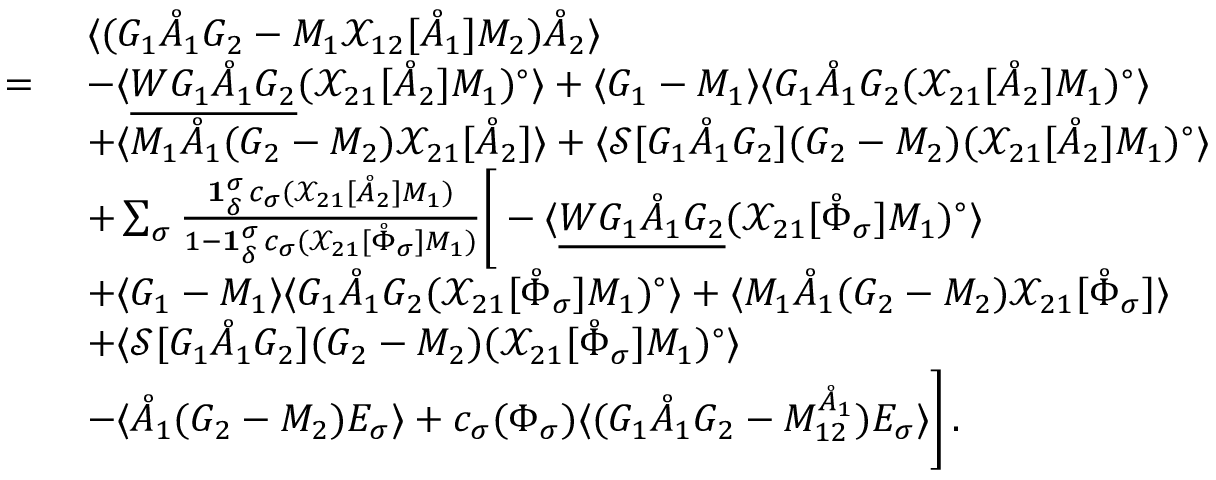
\begin{array} { r l } & { \langle ( G _ { 1 } \mathring { A } _ { 1 } G _ { 2 } - M _ { 1 } \mathcal { X } _ { 1 2 } [ \mathring { A } _ { 1 } ] M _ { 2 } ) \mathring { A } _ { 2 } \rangle } \\ { = \ } & { - \langle \underline { { W G _ { 1 } \mathring { A } _ { 1 } G _ { 2 } } } ( { \mathcal { X } } _ { 2 1 } [ \mathring { A } _ { 2 } ] M _ { 1 } ) ^ { \circ } \rangle + \langle G _ { 1 } - M _ { 1 } \rangle \langle G _ { 1 } \mathring { A } _ { 1 } G _ { 2 } ( { \mathcal { X } } _ { 2 1 } [ \mathring { A } _ { 2 } ] M _ { 1 } ) ^ { \circ } \rangle } \\ & { + \langle M _ { 1 } \mathring { A } _ { 1 } ( G _ { 2 } - M _ { 2 } ) { \mathcal { X } } _ { 2 1 } [ \mathring { A } _ { 2 } ] \rangle + \langle \mathcal { S } [ G _ { 1 } \mathring { A } _ { 1 } G _ { 2 } ] ( G _ { 2 } - M _ { 2 } ) ( { \mathcal { X } } _ { 2 1 } [ \mathring { A } _ { 2 } ] M _ { 1 } ) ^ { \circ } \rangle } \\ & { + \sum _ { \sigma } \frac { \mathbf { 1 } _ { \delta } ^ { \sigma } \, c _ { \sigma } ( { \mathcal { X } } _ { 2 1 } [ \mathring { A } _ { 2 } ] M _ { 1 } ) } { 1 - \mathbf { 1 } _ { \delta } ^ { \sigma } \, c _ { \sigma } ( { \mathcal { X } } _ { 2 1 } [ \mathring { \Phi } _ { \sigma } ] M _ { 1 } ) } \bigg [ - \langle \underline { { W G _ { 1 } \mathring { A } _ { 1 } G _ { 2 } } } ( { \mathcal { X } } _ { 2 1 } [ \mathring { \Phi } _ { \sigma } ] M _ { 1 } ) ^ { \circ } \rangle } \\ & { + \langle G _ { 1 } - M _ { 1 } \rangle \langle G _ { 1 } \mathring { A } _ { 1 } G _ { 2 } ( { \mathcal { X } } _ { 2 1 } [ \mathring { \Phi } _ { \sigma } ] M _ { 1 } ) ^ { \circ } \rangle + \langle M _ { 1 } \mathring { A } _ { 1 } ( G _ { 2 } - M _ { 2 } ) { \mathcal { X } } _ { 2 1 } [ \mathring { \Phi } _ { \sigma } ] \rangle } \\ & { + \langle \mathcal { S } [ G _ { 1 } \mathring { A } _ { 1 } G _ { 2 } ] ( G _ { 2 } - M _ { 2 } ) ( { \mathcal { X } } _ { 2 1 } [ \mathring { \Phi } _ { \sigma } ] M _ { 1 } ) ^ { \circ } \rangle } \\ & { - \langle \mathring { A } _ { 1 } ( G _ { 2 } - M _ { 2 } ) E _ { \sigma } \rangle + c _ { \sigma } ( \Phi _ { \sigma } ) \langle ( G _ { 1 } \mathring { A } _ { 1 } G _ { 2 } - M _ { 1 2 } ^ { \mathring { A } _ { 1 } } ) E _ { \sigma } \rangle \bigg ] \, . } \end{array}